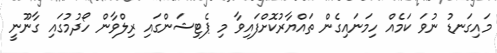
މައިގަނޑު ނުވަ ކަމެއް ހިމަނައިގެން ތައްޔާރުކޮށްފައިވާ މި ޕެޓިޝަންގައި ރިލްވާން ހޯދުމުގައި ގާނޫނީ